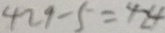
4 2 9 - 5 = 4 2 4